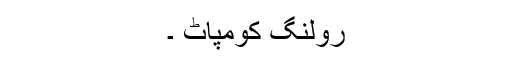
رولنگ کومپاٹ ۔